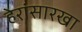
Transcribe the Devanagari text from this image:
हेरांसारखा